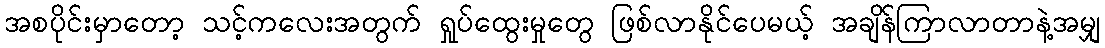
အစပိုင်းမှာတော့ သင့်ကလေးအတွက် ရှုပ်ထွေးမှုတွေ ဖြစ်လာနိုင်ပေမယ့် အချိန်ကြာလာတာနဲ့အမျှ